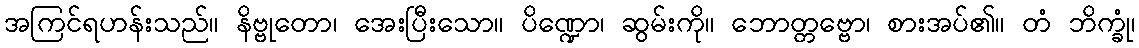
အကြင်ရဟန်းသည်။ နိဗ္ဗုတော၊ အေးပြီးသော။ ပိဏ္ဍော၊ ဆွမ်းကို။ ဘောတ္တဗ္ဗော၊ စားအပ်၏။ တံ ဘိက္ခုံ၊